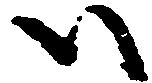
ハ